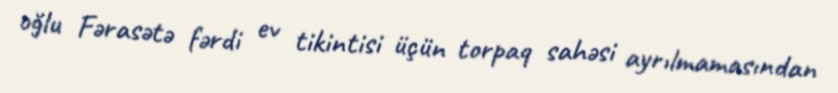
oğlu Fərasətə fərdi ev tikintisi üçün torpaq sahəsi ayrılmamasından